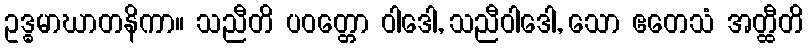
ဥဒ္ဓမာဃာတနိကာ။ သညီတိ ပဝတ္တော ဝါဒေါ, သညီဝါဒေါ, သော ဧတေသံ အတ္ထီတိ